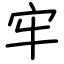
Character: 牢